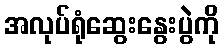
အလုပ်ရုံဆွေးနွေးပွဲကို